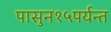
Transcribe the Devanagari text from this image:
पासुन१५पर्यन्त